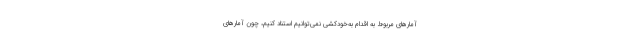
آمارهای مربوط به اقدام به‌خودکشی نمی‌توانیم استناد کنیم، چون آمارهای